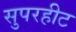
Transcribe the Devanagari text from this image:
सुपरहीट